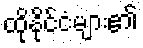
ထိုနိုင်ငံများ၏